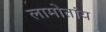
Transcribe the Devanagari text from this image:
लामोतांय